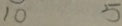
1 0 5